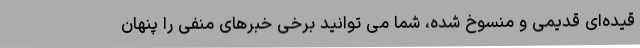
قیده‌ای قدیمی و منسوخ شده، شما می توانید برخی خبرهای منفی را پنهان